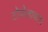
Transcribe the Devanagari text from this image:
टोपोलावला